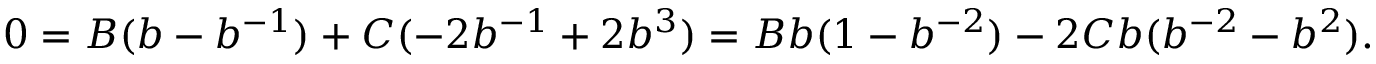
0 = B ( b - b ^ { - 1 } ) + C ( - 2 b ^ { - 1 } + 2 b ^ { 3 } ) = B b ( 1 - b ^ { - 2 } ) - 2 C b ( b ^ { - 2 } - b ^ { 2 } ) .